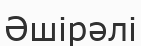
Әшірәлі